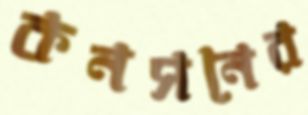
কনসনের